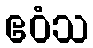
ဧဝံသ